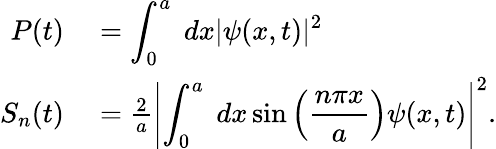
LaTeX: \begin{array}{rl}{P(t)}&{{}=\displaystyle\int_{0}^{a}\; dx|\psi(x,t)|^{2}}\\ {S_{n}(t)}&{{}=\frac{2}{a}\displaystyle\left|\int_{0}^{a}\; dx\sin\left(\frac{n\pi x}{a}\right)\psi(x,t)\right|^{2}.}\end{array}